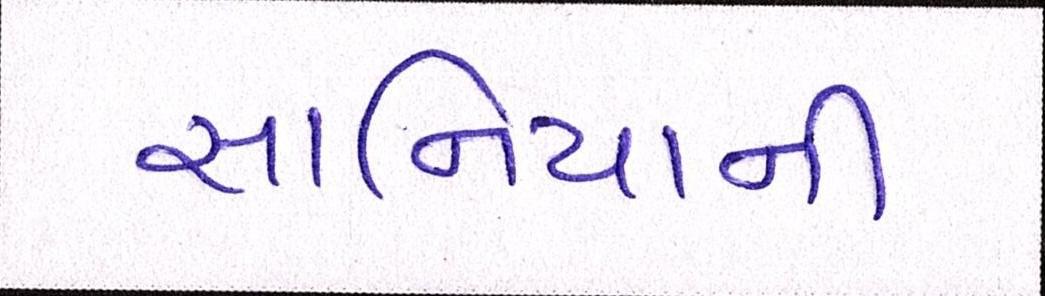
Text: સાનિયાની